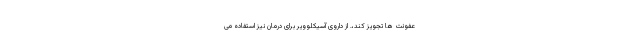
عفونت ها تجویز کند،. از داروی آسیکلوویر برای درمان نیز استفاده می